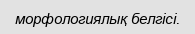
морфологиялық белгісі.